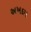
અખદમ